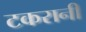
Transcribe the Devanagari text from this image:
टकरानी